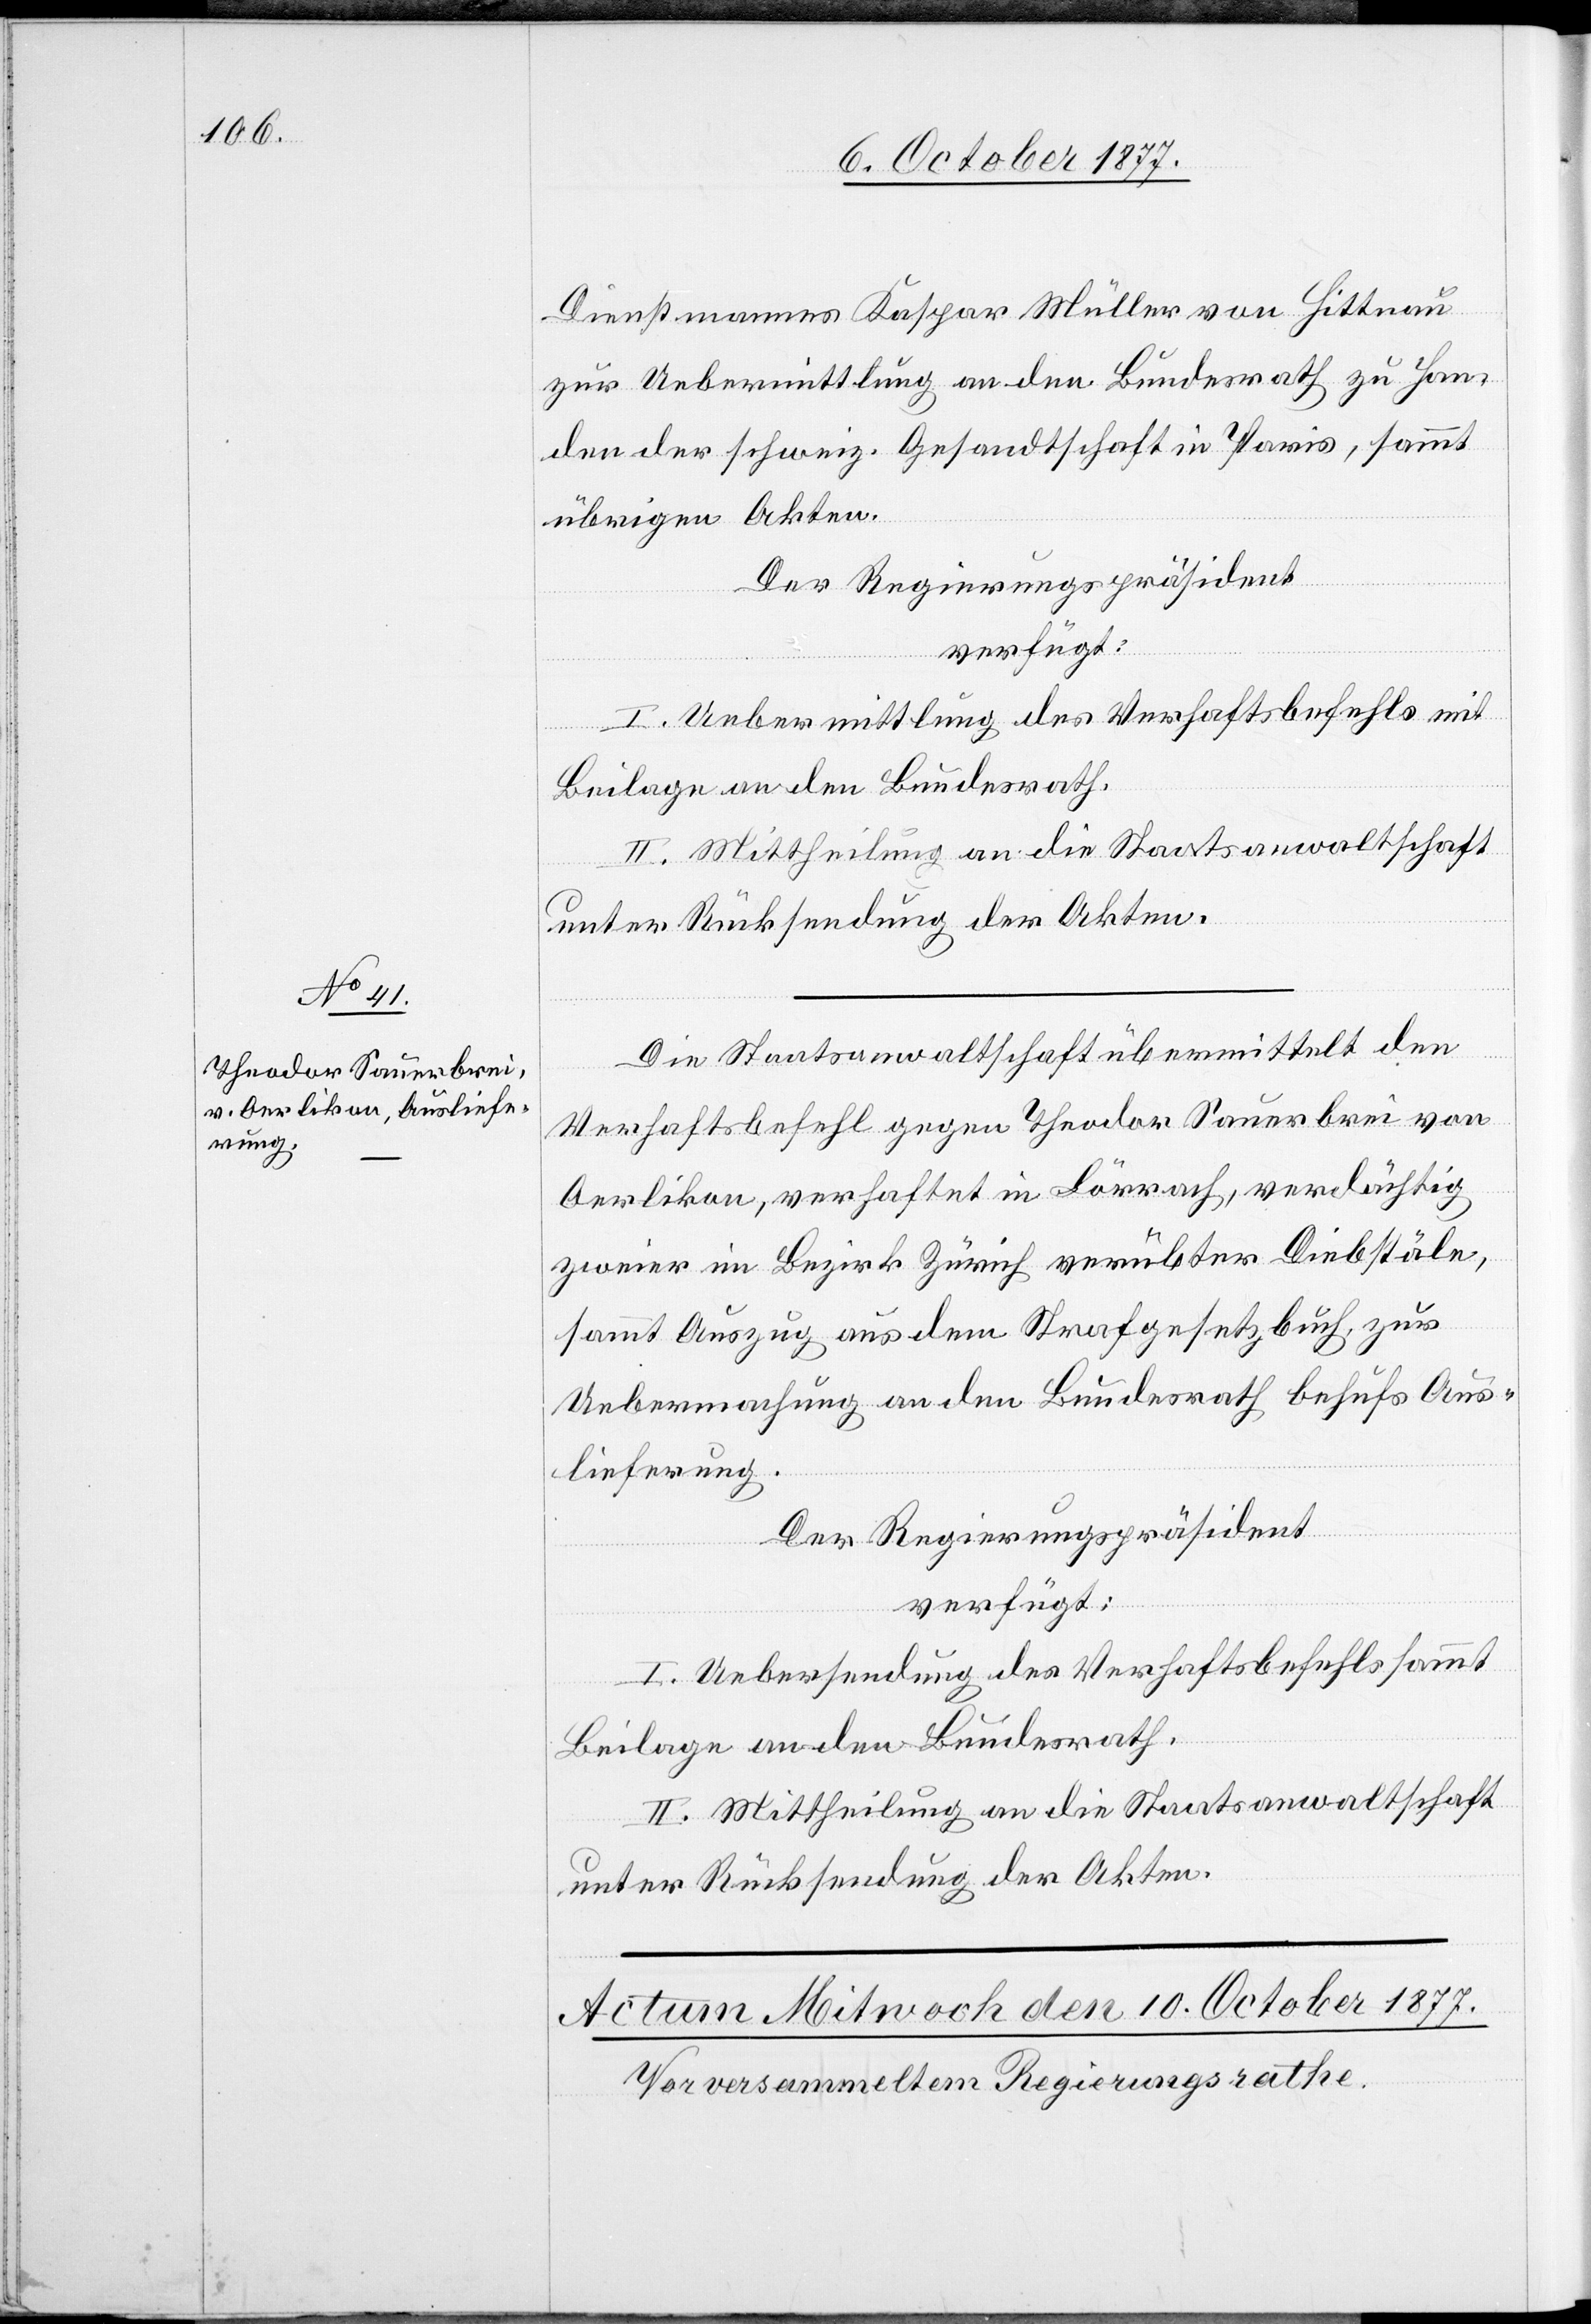
9. October 1877.]
Dienstmannes Kaspar Müller von Hittnau
zur Uebermittlung an den Bundesrath zu Han¬
den der schweiz. Gesandtschaft in Paris, sammt
übrigen Akten.
Der Regierungspräsident
verfügt:
I. Uebermittlung des Verhaftsbefehls mit
Beilage an den Bundesrath.
II. Mittheilung an die Staatsanwaltschaft
Die Staatsanwaltschaft übermittelt den
Verhaftsbefehl gegen Theodor Sauerbrei von
Oerlikon, verhaftet in Lörrach, verdächtig
zweier im Bezirk Zürich verübter Diebstäle,
sammt Auszug aus dem Strafgesetzbuch, zur
Uebermachung an den Bundesrath behufs Aus¬
lieferung.
Der Regierungspräsident
verfügt:
I. Uebersendung des Verhaftsbefehls sammt
Beilage an den Bundesrath.
II. Mittheilung an die Staatsanwaltschaft
unter Rücksendung der Akten.